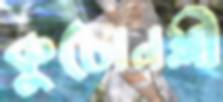
কুচোনশ্লী